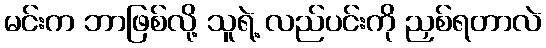
မင်းက ဘာဖြစ်လို့ သူရဲ့ လည်ပင်းကို ညှစ်ရတာလဲ